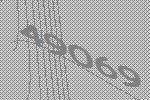
49069